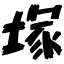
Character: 塚